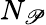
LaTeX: N_{\mathscr{P}}